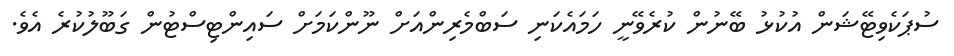
ސުޕަކެވިޓޭޝަން އުކުޅު ބޭނުން ކުރެވޭނީ ހަމައެކަނި ސަބްމެރިންއަށް ނޫންކަމަށް ސައިންޓިސްޓުން ގަބޫލުކުރެ އެވެ.